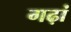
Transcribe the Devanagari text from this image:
गढ़ां